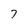
Character: 7